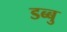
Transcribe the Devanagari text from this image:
डब्बु